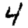
Digit: 4